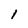
Character: 1